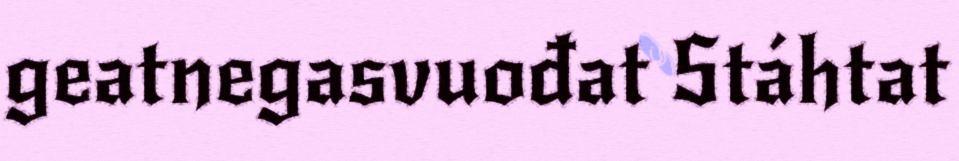
geatnegasvuođat Stáhtat